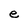
Character: e